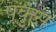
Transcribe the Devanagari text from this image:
पर्कुस